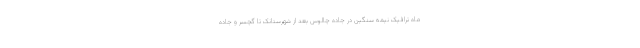
ماه ترافیک نیمه سنگین در جاده چالوس بعد از شهرستانک تا گچسر و جاده